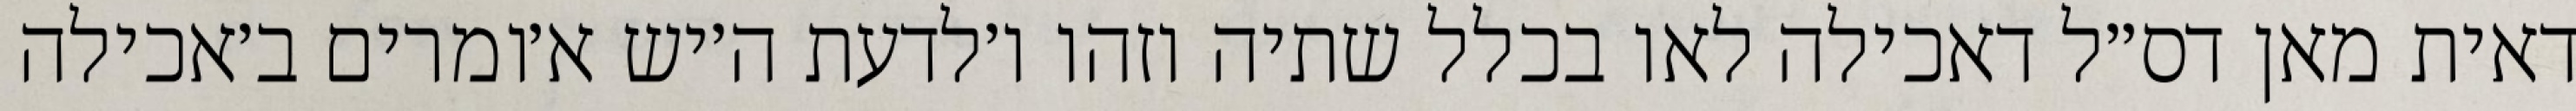
דאית מאן דס״ל דאכילה לאו בכלל שתיה וזהו ו׳לדעת ה׳יש א׳ומרים ב׳אכילה